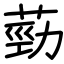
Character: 葝